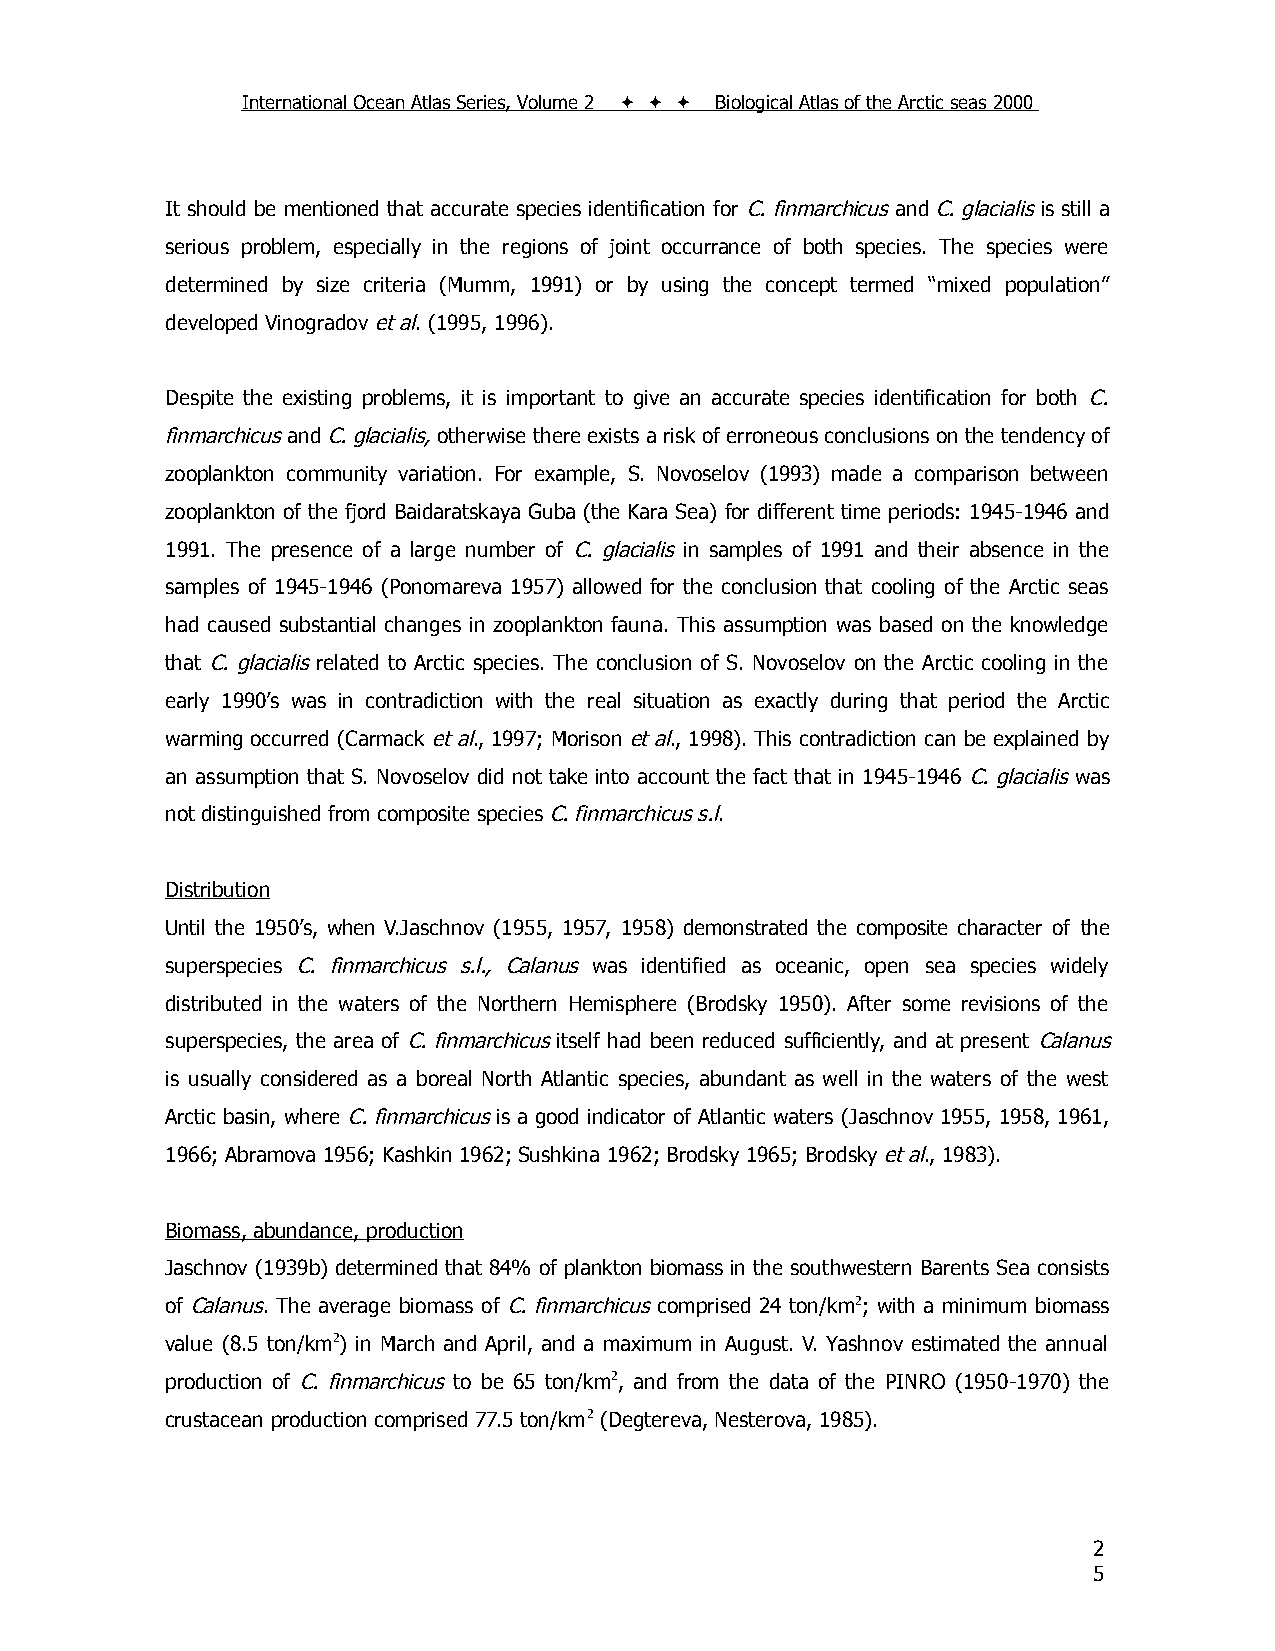
International Ocean Atlas Series, Volume 2    Biological Atlas of the Arctic seas 2000
 It should be mentioned that accurate species identification for C. finmarchicus and C. glacialis is still a
 serious problem, especially in the regions of joint occurrance of both species. The species were
 determined by size criteria (Mumm, 1991) or by using the concept termed “mixed population”
 developed Vinogradov et al. (1995, 1996).
 Despite the existing problems, it is important to give an accurate species identification for both C.
 finmarchicus and C. glacialis, otherwise there exists a risk of erroneous conclusions on the tendency of
 zooplankton community variation. For example, S. Novoselov (1993) made a comparison between
 zooplankton of the fjord Baidaratskaya Guba (the Kara Sea) for different time periods: 1945-1946 and
 1991. The presence of a large number of C. glacialis in samples of 1991 and their absence in the
 samples of 1945-1946 (Ponomareva 1957) allowed for the conclusion that cooling of the Arctic seas
 had caused substantial changes in zooplankton fauna. This assumption was based on the knowledge
 that C. glacialis related to Arctic species. The conclusion of S. Novoselov on the Arctic cooling in the
 early 1990’s was in contradiction with the real situation as exactly during that period the Arctic
 warming occurred (Carmack et al., 1997; Morison et al., 1998). This contradiction can be explained by
 an assumption that S. Novoselov did not take into account the fact that in 1945-1946 C. glacialis was
 not distinguished from composite species C. finmarchicus s.l.
 Distribution
 Until the 1950’s, when V.Jaschnov (1955, 1957, 1958) demonstrated the composite character of the
 superspecies C. finmarchicus s.l., Calanus was identified as oceanic, open sea species widely
 distributed in the waters of the Northern Hemisphere (Brodsky 1950). After some revisions of the
 superspecies, the area of C. finmarchicus itself had been reduced sufficiently, and at present Calanus
 is usually considered as a boreal North Atlantic species, abundant as well in the waters of the west
 Arctic basin, where C. finmarchicus is a good indicator of Atlantic waters (Jaschnov 1955, 1958, 1961,
 1966; Abramova 1956; Kashkin 1962; Sushkina 1962; Brodsky 1965; Brodsky et al., 1983).
 Biomass, abundance, production
 Jaschnov (1939b) determined that 84% of plankton biomass in the southwestern Barents Sea consists
 of Calanus. The average biomass of C. finmarchicus comprised 24 ton/km2; with a minimum biomass
 value (8.5 ton/km2) in March and April, and a maximum in August. V. Yashnov estimated the annual
 production of C. finmarchicus to be 65 ton/km2, and from the data of the PINRO (1950-1970) the
 crustacean production comprised 77.5 ton/km2 (Degtereva, Nesterova, 1985).
 2
 5